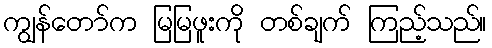
ကျွန်တော်က မြမြဖူးကို တစ်ချက် ကြည့်သည်။